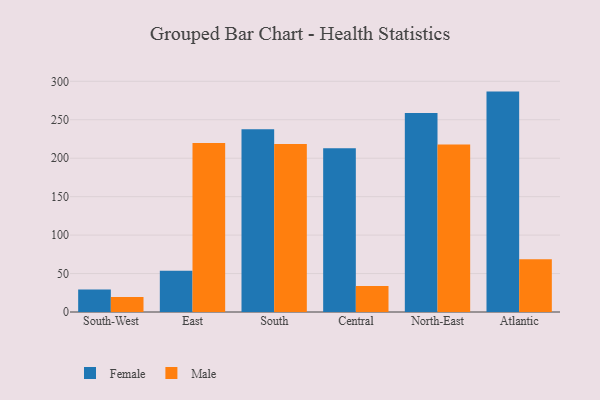
{"axis": {"x": "Region", "y": "Backlog"}, "legend": ["Female", "Male"], "data": [{"x": "South-West", "y": 29.2, "type": "Female"}, {"x": "South-West", "y": 19.6, "type": "Male"}, {"x": "East", "y": 53.6, "type": "Female"}, {"x": "East", "y": 219.7, "type": "Male"}, {"x": "South", "y": 237.5, "type": "Female"}, {"x": "South", "y": 218.4, "type": "Male"}, {"x": "Central", "y": 212.8, "type": "Female"}, {"x": "Central", "y": 33.8, "type": "Male"}, {"x": "North-East", "y": 258.8, "type": "Female"}, {"x": "North-East", "y": 217.7, "type": "Male"}, {"x": "Atlantic", "y": 286.6, "type": "Female"}, {"x": "Atlantic", "y": 68.7, "type": "Male"}]}